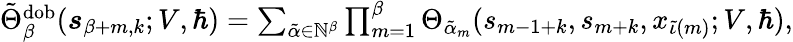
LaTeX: \begin{array}{r}{\tilde{\Theta}_{\beta}^{\mathrm{dob}}(\boldsymbol{s}_{\beta+m,k};V,\hbar)=\sum_{\tilde{\alpha}\in\mathbb{N}^{\beta}}\prod_{m=1}^{\beta}\Theta_{\tilde{\alpha}_{m}}(s_{m-1+k},{s}_{m+k},x_{\tilde{\iota}(m)};V,\hbar),}\end{array}